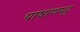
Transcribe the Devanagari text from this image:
पाषाणपट्ट